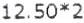
12.50*2